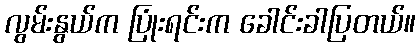
လွမ်းနွယ်က ပြုံးရင်းက ခေါင်းခါပြတယ်။